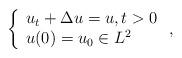
LaTeX: \begin{align*}\left\{\begin{array}{l}u_{t} +\Delta u= u, t >0 \\u(0) = u_0\in L^{2}\end{array}\right. ,\end{align*}